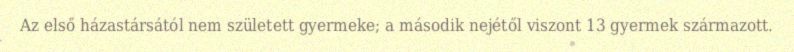
Az első házastársától nem született gyermeke; a második nejétől viszont 13 gyermek származott.